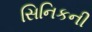
સિનિકની